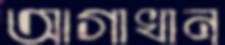
আগাখান